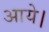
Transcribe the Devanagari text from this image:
अाये।